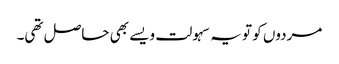
مردوں کو تو یہ سہولت ویسے بھی حاصل تھی۔